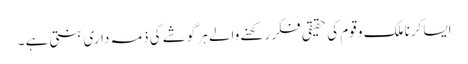
ایسا کرنا ملک و قوم کی حقیقی فکر رکھنے والے ہر گوشے کی ذمہ داری بنتی ہے ۔